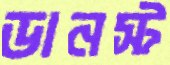
ডানস্ট